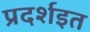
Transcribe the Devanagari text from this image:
प्रदर्शइत